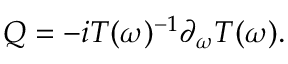
Q = - i T ( \omega ) ^ { - 1 } \partial _ { \omega } T ( \omega ) .